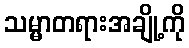
သမ္မာတရားအချို့ကို